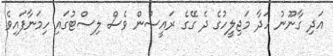
އަދި ގާނޫނު ހަދާ މަޖިލީހުގެ ދެ ގޭގެ ރައީސުން ވެސް ލިސްޓުގައި ހިމަނާފައިވެ